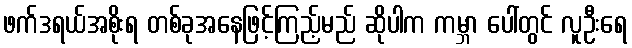
ဖက်ဒရယ်အစိုးရ တစ်ခုအနေဖြင့်ကြည့်မည် ဆိုပါက ကမ္ဘာ ပေါ်တွင် လူဦးရေ